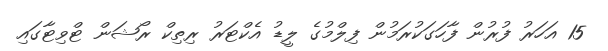
15 އަހަރު ފުރުން ފާހަގަކުރަމުން ފިލްމުގެ ލީޑު އެކްޓަރު ރިތިކް ރޯޝަން ޓްވިޓާގައި